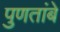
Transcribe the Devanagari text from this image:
पुणतांबे